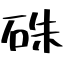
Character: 硃